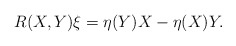
\begin{align*} R(X,Y)\xi = \eta(Y)X - \eta(X)Y.\end{align*}